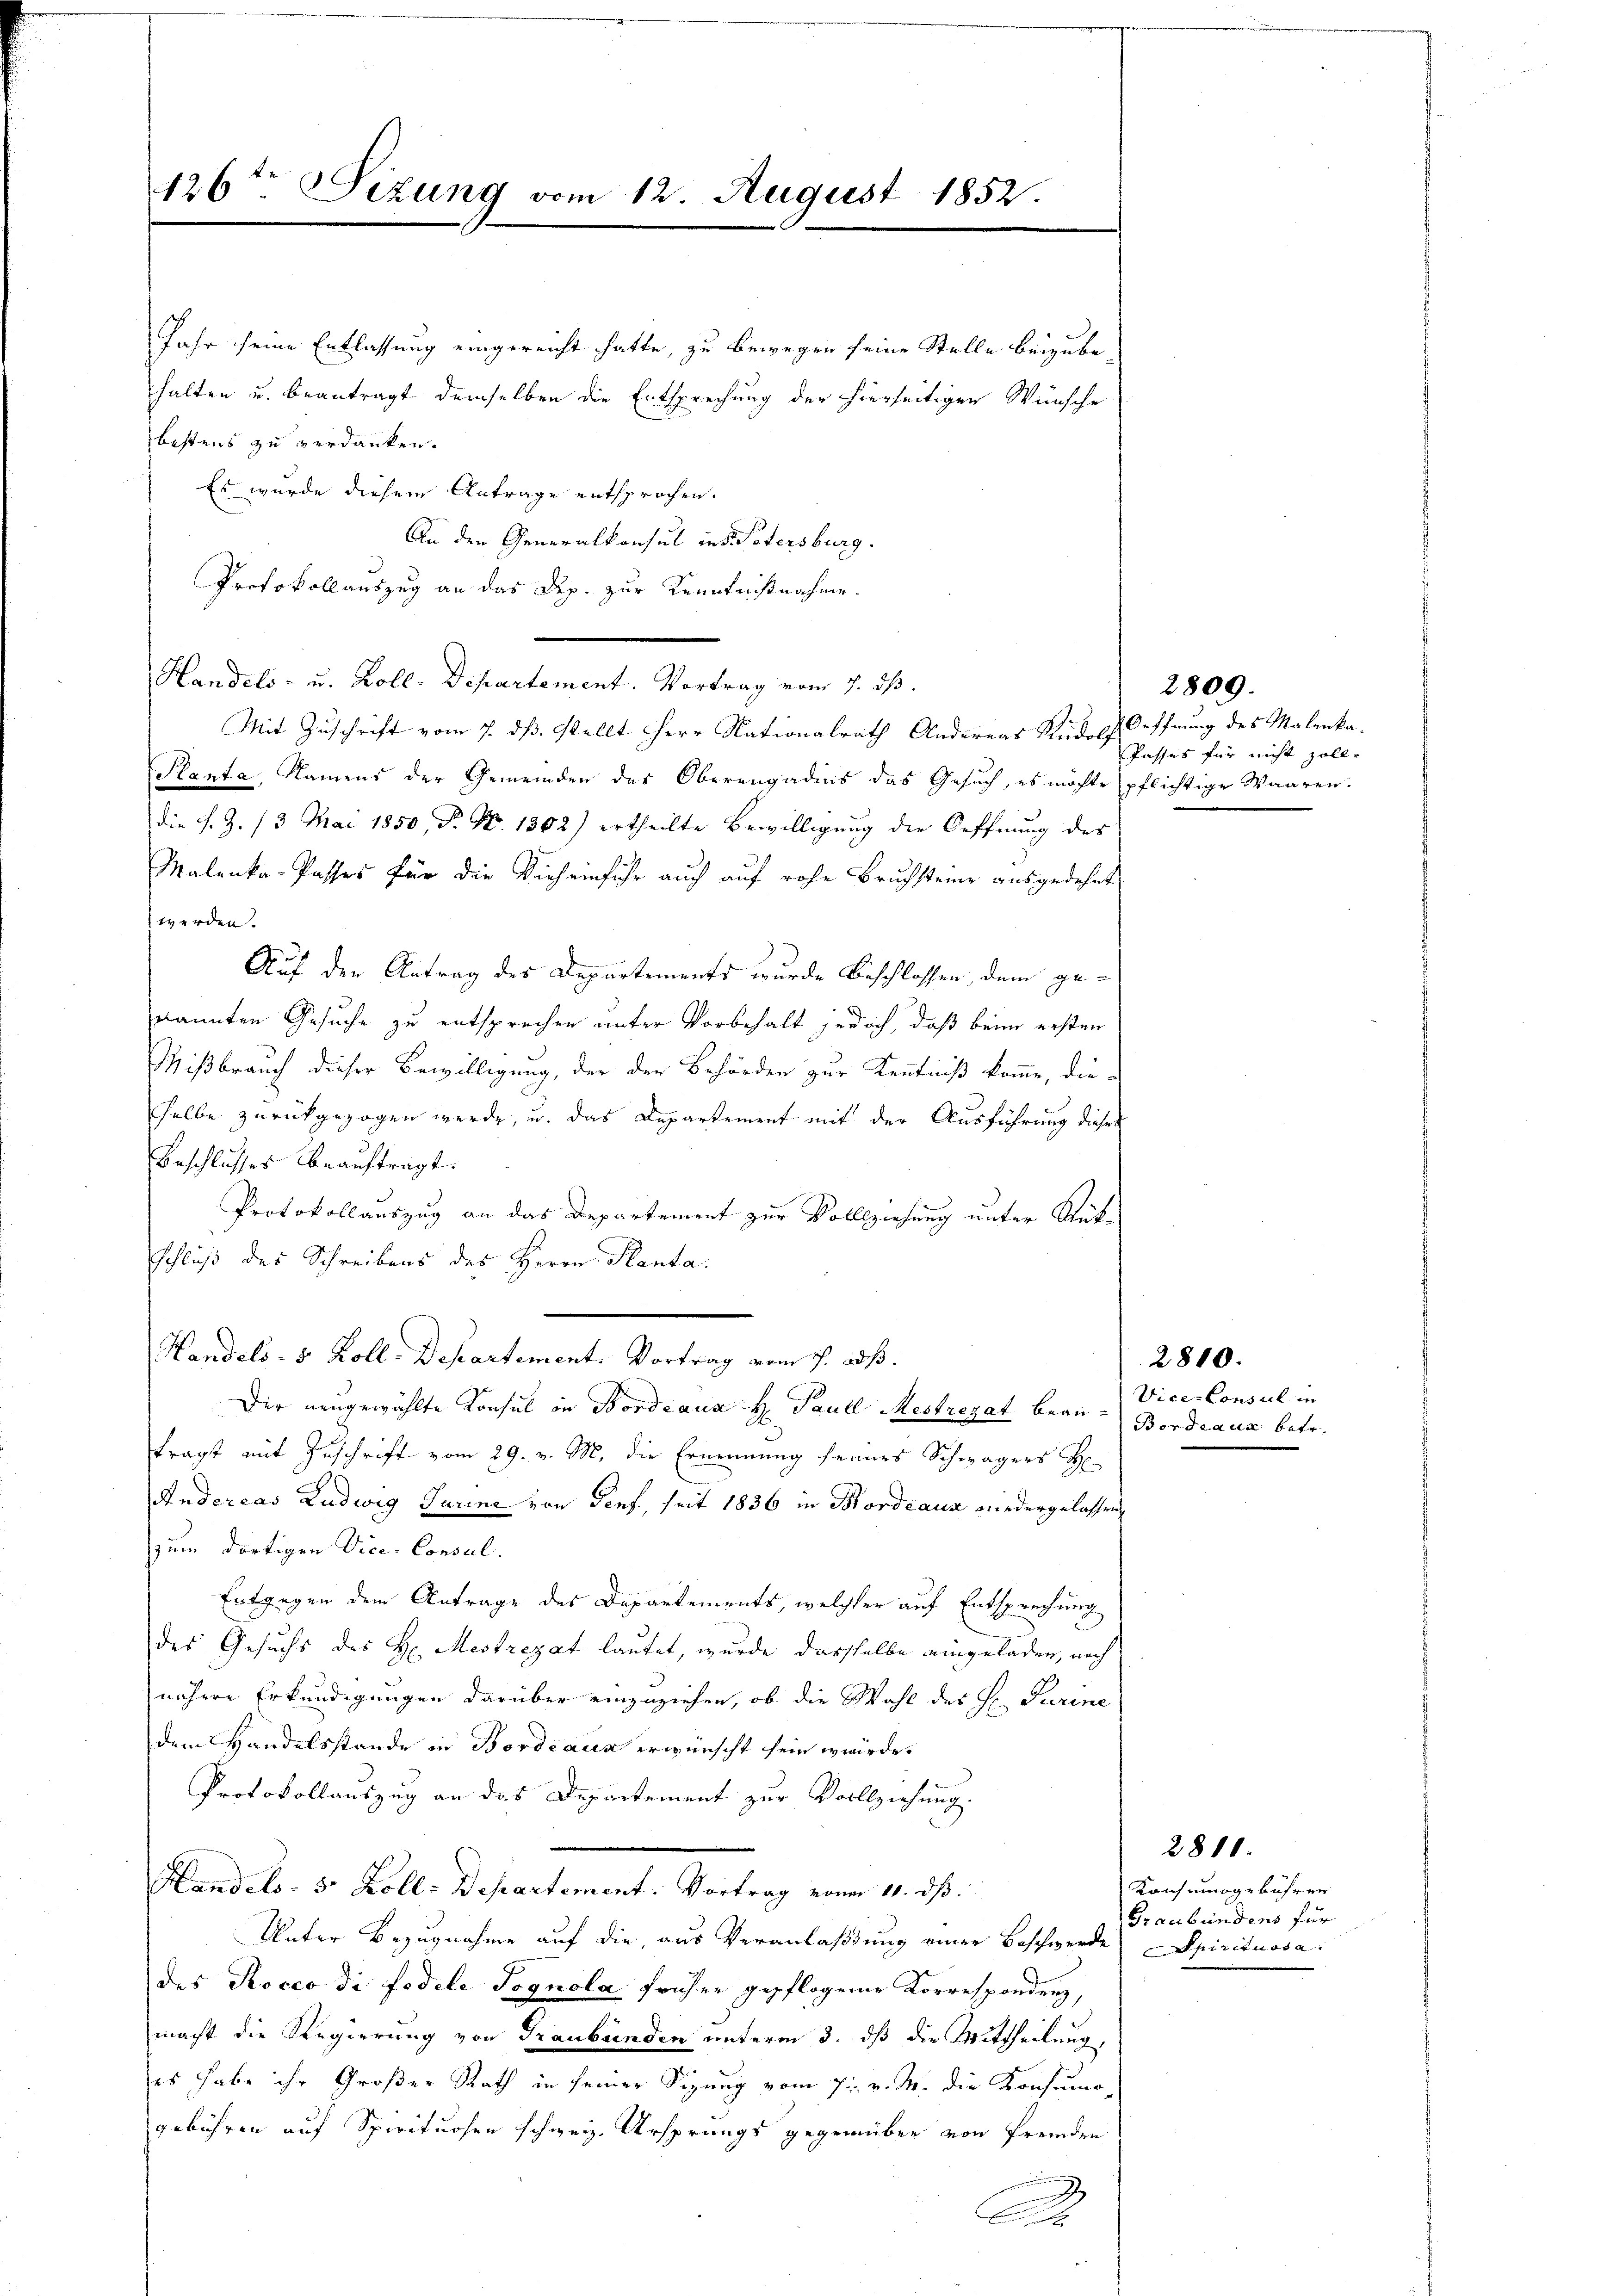
126ten Sizung vom 12. August 1852.

Jahr seine Entlassung eingereicht hatte, zu bewegen seine Stelle beizubehalten u. beantragt demselben die Entsprechung der hierseitigen Wünsche
bestens zu verdanken.
Es wurde diesem Antrage entsprochen.
An den Generalkonsul ins Petersburg.
Protokollauszug an das Dep. zur Kenntnißnahme.
Handels- u. Koll-Departement. Vortrag vom 7. dß.
Mit Zuschrift vom 7. ds. stellt Herr Nationalrath Andereas Rudolf Oeffnung des Malenka¬
Planta, Namens der Gemeinden des Oberengadins das Gesuch, es möchte pflichtige Waaren.
die s. Z. 13 Mai 1850, P. Nr. 1302) ertheilte Bewilligung der Oeffnung des
Malenka-Passes für die Vich einfuhr auch auf rohe Bruchsteine ausgedehnt
werden.
Auf den Antrag des Departements wurde Beschlossen, dem ge-
kannten Gesuche zu entsprechen unter Vorbehalt jedoch, daß beim ersten
Mißbrauch dieser Bewilligung, der der Behörden zur Kenntniß komme, die-
selbe zurückgezogen werde, u. das Departement mit der Ausführung dieses
Beschlusses beauftragt.
Protokollauszug an das Departement zur Vollziehung unter Rück-
schluß des Schreibens des Herrn Planta.
Handels- 5. Koll-Departement. Vortrag vom 7. ds.
Der neugewählte Konsul in Bordeaus H Paull Mestregat beau-Bordeaus betr.
tragt mit Zuschrift vom 29. v. M., die Ernennung seines Schwägers H
Andereas Ludwig Turine von Genf, seit 1836 in Bordeaux wiedergelassen,
zum dortigen Vice-Consul
Entgegen dem Antrage des Departements, welcher auf Entsprechung
des Gesuchs des H. Mestrezat lautet, wurde dassselbe eingeladen, noch
nähere Erkundigungen darüber einzuziehen, ob die Wahl des H. Turine
dem Handelsstande in Bordeaus erwünscht sein würde.
Protokollauszug an das Departement zur Vollziehung.
Handb. v. Balle Departement a M.
Unter Bezugnahme auf die, aus Veranlaßung einer Beschwerde Spirituosa.
des Rocco di fedele Pognola früher gepflogener Korrespondenz,
macht die Regierung von Graubünden unterm 3. dß die Mittheilung,
es habe ihr Großer Rath in seiner Sizung vom 7. v. M. die Konsumo-
gebühren auf Spirituosen schweiz. Ursprungs gegenüber von fremden
A

2809.
Passes für nicht soll¬

Vice-Consul in

2810.

2810.
Konsumogebührer
Graubündens für